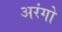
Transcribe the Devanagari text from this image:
अरंगो